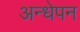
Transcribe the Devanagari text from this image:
अन्धेपन